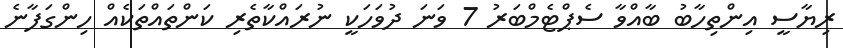
ރިޔާސީ އިންތިހާބު ބާއްވާ ސެޕްޓެމްބަރު 7 ވަނަ ދުވަހަކީ ނުރައްކާތެރި ކަންތައްތަކެއް ހިންގަފާނެ